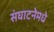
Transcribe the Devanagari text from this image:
संघाटनेमधे